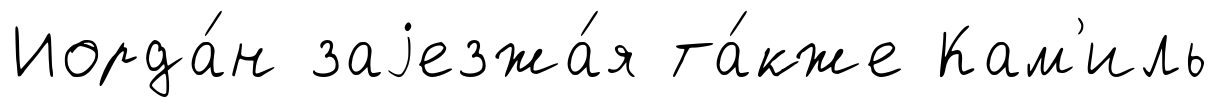
Иорда́н заjезжа́я та́кже Кам'иль